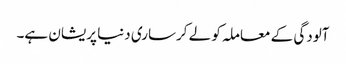
آلودگی کے معاملہ کو لے کرساری دنیا پریشان ہے۔